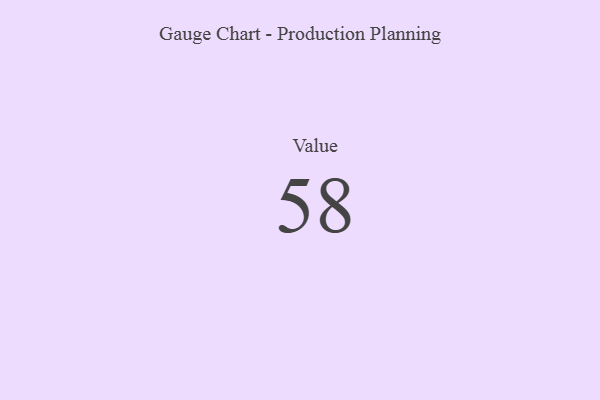
{"axis": {"x": "Metric", "y": "Value"}, "legend": [""], "data": [{"x": "Value", "y": 58, "type": ""}]}